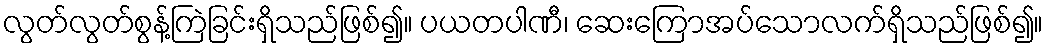
လွတ်လွတ်စွန့်ကြဲခြင်းရှိသည်ဖြစ်၍။ ပယတပါဏီ၊ ဆေးကြောအပ်သောလက်ရှိသည်ဖြစ်၍။